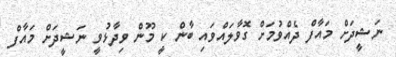
ނަޝީދަށް މައާފް ދެއްވުމަށް ގޮވާލައްވައި ބާން ކީ މޫން ވިދާޅުވީ ނަޝީދަށް މައާފް